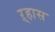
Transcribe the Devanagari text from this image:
ऱ्हास